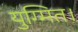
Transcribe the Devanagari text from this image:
युग्मित।